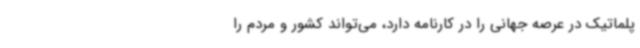
پلماتیک در عرصه جهانی را در کارنامه دارد، می‌تواند کشور و مردم را